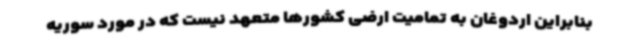
بنابراین اردوغان به تمامیت ارضی کشورها متعهد نیست که در مورد سوریه